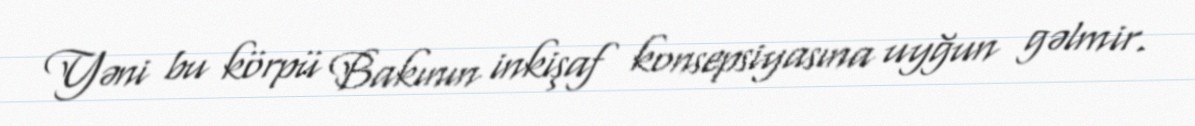
Yəni bu körpü Bakının inkişaf konsepsiyasına uyğun gəlmir.